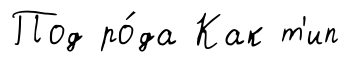
Под ро́да Как т'ип